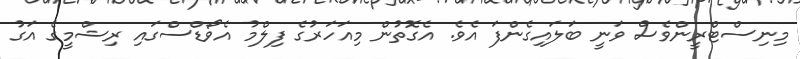
މިނިސްޓްރީންވެސް ވަނީ ބަލައިގެންފަ އެވެ. އެގޮތުން މިއަހަރުގެ ފިލްމު އެވޯޑްސްގައި ރިޝްމީގެ އަގު